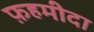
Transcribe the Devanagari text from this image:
फ़हमीदा